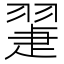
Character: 𦑯